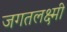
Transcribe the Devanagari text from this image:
जगतलक्ष्मी